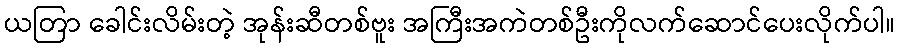
ယတြာ ခေါင်းလိမ်းတဲ့ အုန်းဆီတစ်ဗူး အကြီးအကဲတစ်ဦးကိုလက်ဆောင်ပေးလိုက်ပါ။